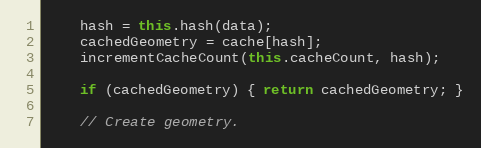
Language: JavaScript
    hash = this.hash(data);
    cachedGeometry = cache[hash];
    incrementCacheCount(this.cacheCount, hash);

    if (cachedGeometry) { return cachedGeometry; }

    // Create geometry.